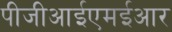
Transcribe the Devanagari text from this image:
पीजीआईएमईआर